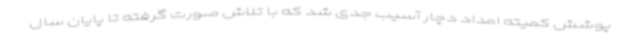
پوشش کمیته امداد دچار آسیب جدی شد که با تلاش صورت گرفته تا پایان سال